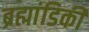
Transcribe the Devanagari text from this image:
ब्रह्मांडिकी